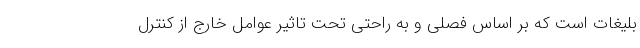
بلیغات است که بر اساس فصلی و به راحتی تحت تاثیر عوامل خارج از کنترل